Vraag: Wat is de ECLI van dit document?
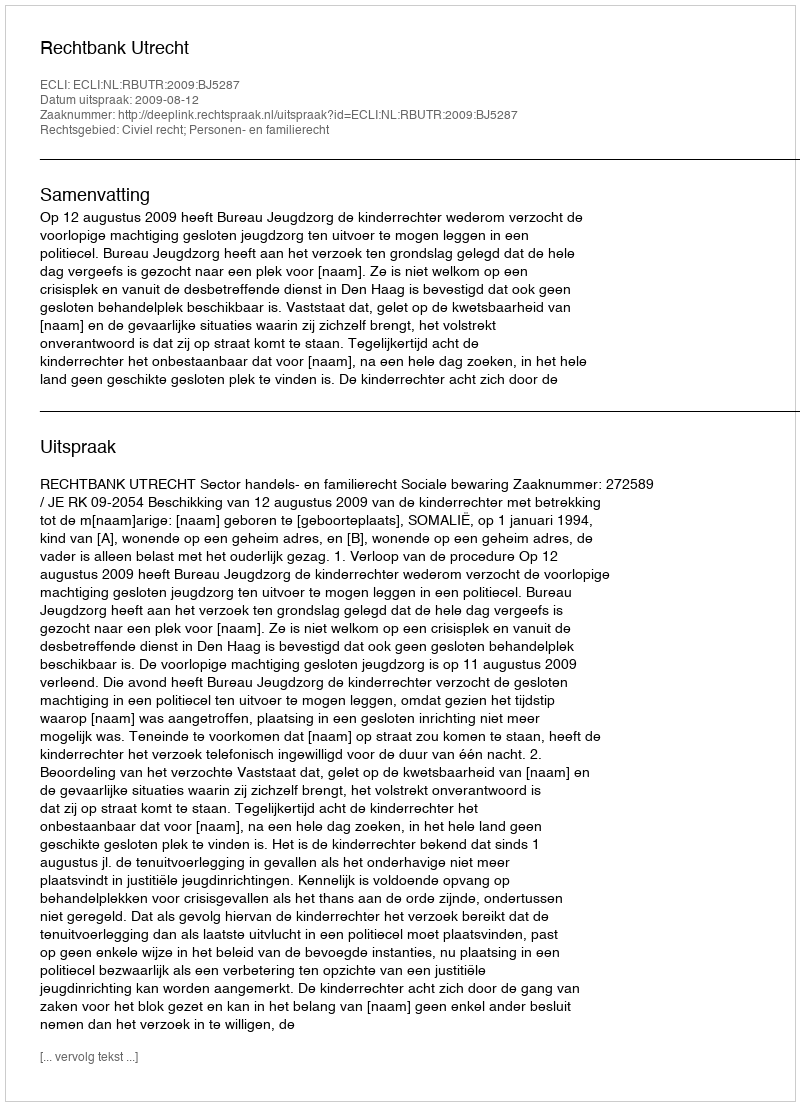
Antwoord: ECLI:NL:RBUTR:2009:BJ5287